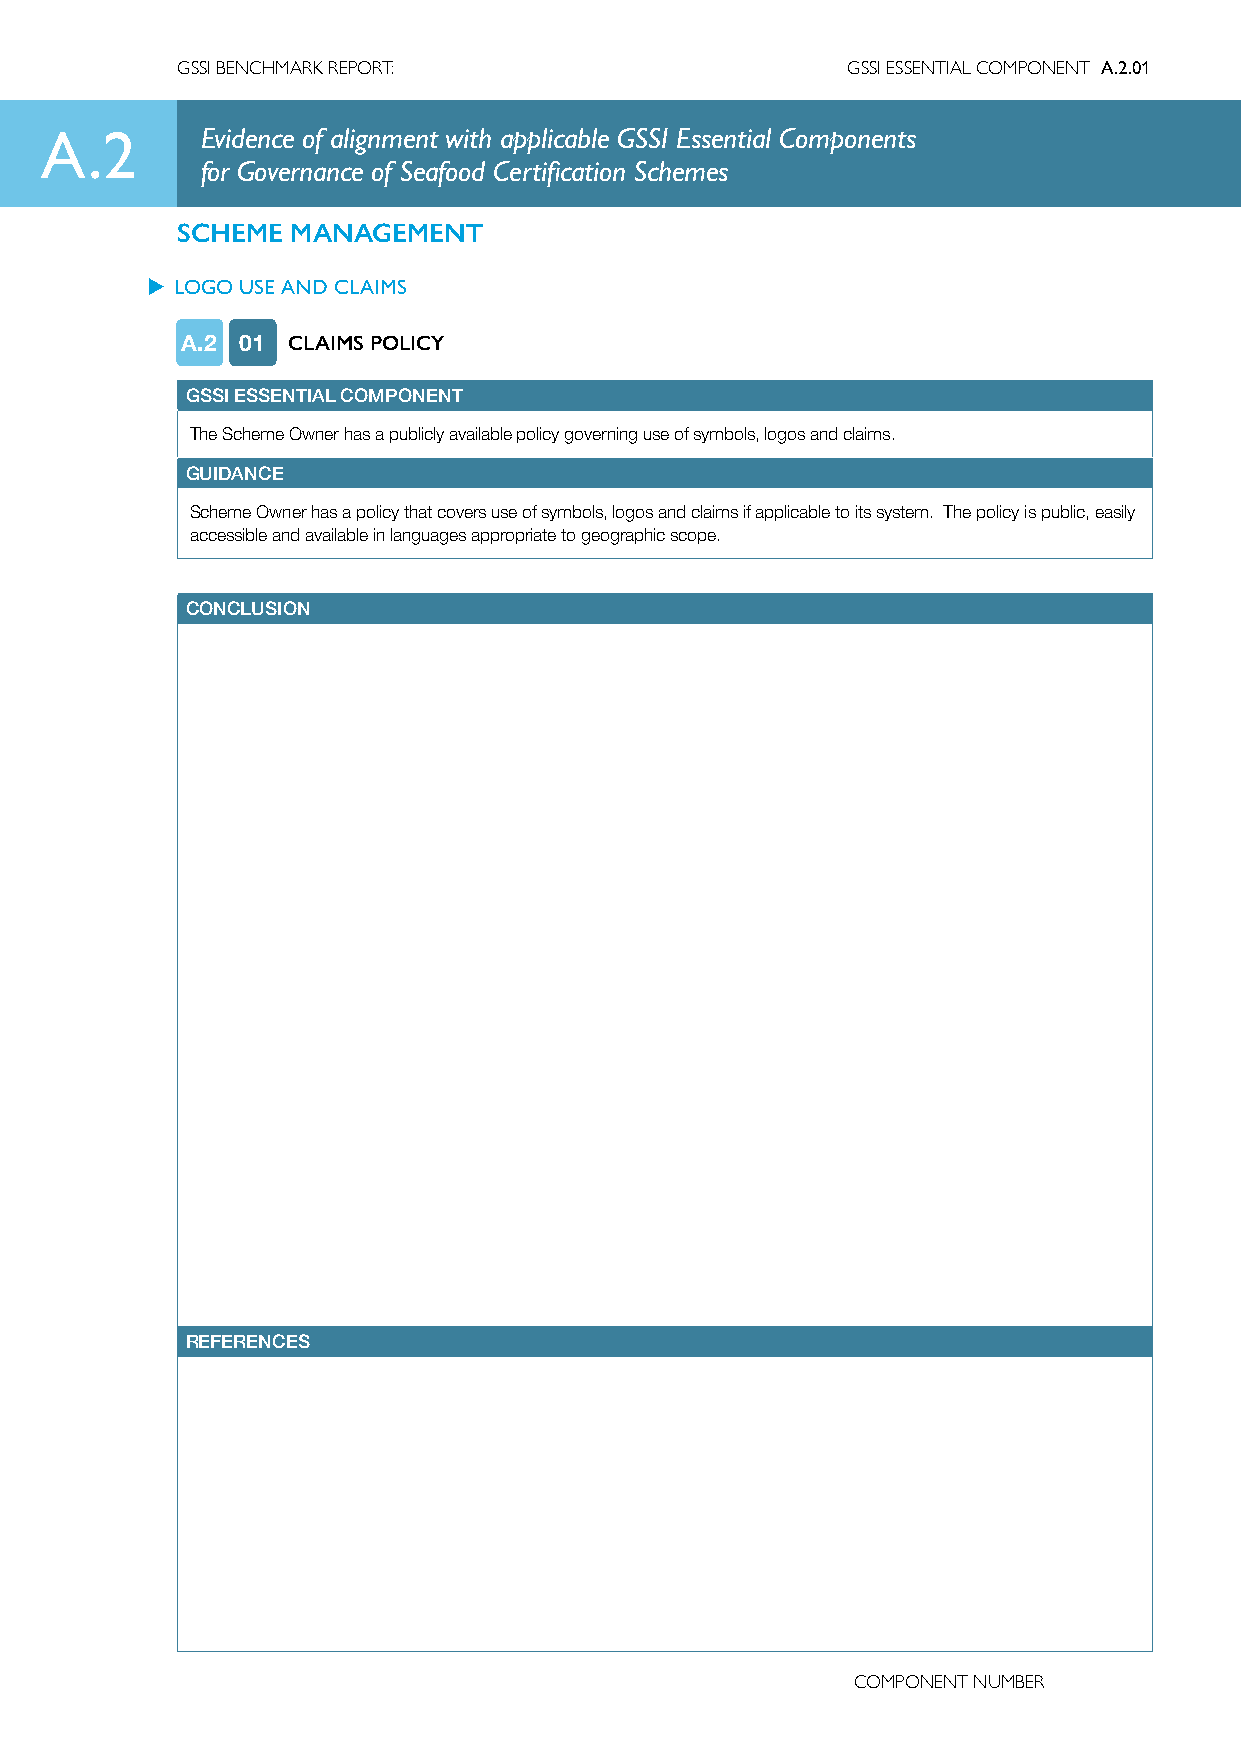
GSSI BENCHMARK REPORT:                      GSSI ESSENTIAL COMPONENT A.2.01
 A.2       Evidence of alignment with applicable GSSI Essential Components
 for Governance of Seafood Certification Schemes
 SCHEME MANAGEMENT
 u LOGO USE AND CLAIMS
 A.2 01 CLAIMS POLICY
 GSSI ESSENTIAL COMPONENT
 The Scheme Owner has a publicly available policy governing use of symbols, logos and claims.
 GUIDANCE
 Scheme Owner has a policy that covers use of symbols, logos and claims if applicable to its system. The policy is public, easily
 accessible and available in languages appropriate to geographic scope.
 CONCLUSION
 REFERENCES
 COMPONENT NUMBER